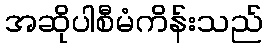
အဆိုပါစီမံကိန်းသည်